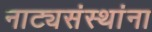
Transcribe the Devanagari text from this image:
नाट्यसंस्थांना